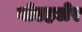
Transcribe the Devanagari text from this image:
वोएहलेर